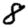
Digit: 8